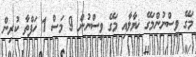
މަގޭ ވިސްނުންމަގޭ ޚިޔާލާއި މަގޭ ވިސްނުން 9 މަސް 1 ހަފްތާ ކުރިން